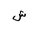
Letter: _shin